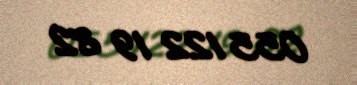
055 122 19 82